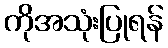
ကိုအသုံးပြုရန်